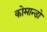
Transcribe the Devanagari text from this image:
कोमान्डो